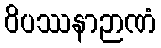
ဝိပဿနာဉာဏံ